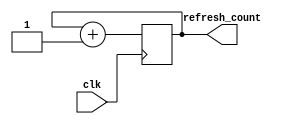
`timescale 1ns / 1ps
//////////////////////////////////////////////////////////////////////////////////
// Company: 
// Engineer: 
// 
// Design Name: 
// Module Name: refresh_counter
// Project Name: 
// Target Devices: 
// Tool Versions: 
// Description: 
// 
// Dependencies: 
// 
// Revision:
// Revision 0.01 - File Created
// Additional Comments:
// 
//////////////////////////////////////////////////////////////////////////////////


module refresh_counter(
    input clk,
    output reg [1:0]  refresh_count =0
    );   
    always@(posedge clk) begin 
    refresh_count <= refresh_count +1;  
    end  
endmodule